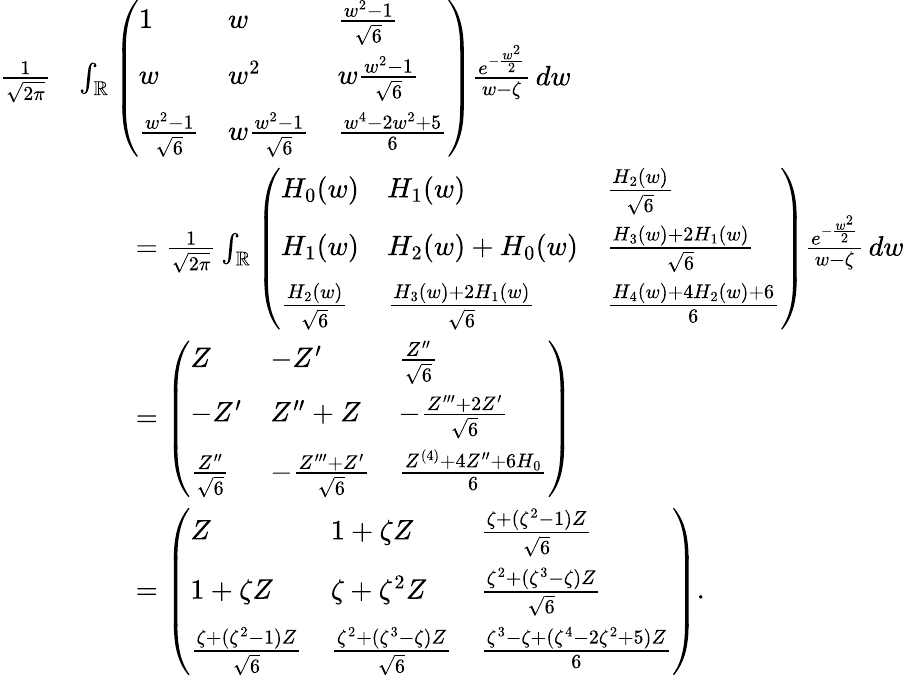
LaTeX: \begin{array}{rl}{\frac{1}{\sqrt{2\pi}}}&{\int_{\mathbb{R}}\left(\begin{array}{lll}{1}&{w}&{\frac{w^{2}-1}{\sqrt{6}}}\\ {w}&{w^{2}}&{w\frac{w^{2}-1}{\sqrt{6}}}\\ {\frac{w^{2}-1}{\sqrt{6}}}&{w\frac{w^{2}-1}{\sqrt{6}}}&{\frac{w^{4}-2w^{2}+5}{6}}\end{array}\right)\frac{e^{-\frac{w^{2}}{2}}}{w-\zeta}\, dw}\\ &{\qquad=\frac{1}{\sqrt{2\pi}}\int_{\mathbb{R}}\left(\begin{array}{lll}{H_{0}(w)}&{H_{1}(w)}&{\frac{H_{2}(w)}{\sqrt{6}}}\\ {H_{1}(w)}&{H_{2}(w)+H_{0}(w)}&{\frac{H_{3}(w)+2H_{1}(w)}{\sqrt{6}}}\\ {\frac{H_{2}(w)}{\sqrt{6}}}&{\frac{H_{3}(w)+2H_{1}(w)}{\sqrt{6}}}&{\frac{H_{4}(w)+4H_{2}(w)+6}{6}}\end{array}\right)\frac{e^{-\frac{w^{2}}{2}}}{w-\zeta}\, dw}\\ &{\qquad=\left(\begin{array}{lll}{Z}&{-Z^{\prime}}&{\frac{Z^{\prime\prime}}{\sqrt{6}}}\\ {-Z^{\prime}}&{Z^{\prime\prime}+Z}&{-\frac{Z^{\prime\prime\prime}+2Z^{\prime}}{\sqrt{6}}}\\ {\frac{Z^{\prime\prime}}{\sqrt{6}}}&{-\frac{Z^{\prime\prime\prime}+Z^{\prime}}{\sqrt{6}}}&{\frac{Z^{(4)}+4Z^{\prime\prime}+6H_{0}}{6}}\end{array}\right)}\\ &{\qquad=\left(\begin{array}{lll}{Z}&{1+\zeta Z}&{\frac{\zeta+(\zeta^{2}-1)Z}{\sqrt{6}}}\\ {1+\zeta Z}&{\zeta+\zeta^{2}Z}&{\frac{\zeta^{2}+(\zeta^{3}-\zeta)Z}{\sqrt{6}}}\\ {\frac{\zeta+(\zeta^{2}-1)Z}{\sqrt{6}}}&{\frac{\zeta^{2}+(\zeta^{3}-\zeta)Z}{\sqrt{6}}}&{\frac{\zeta^{3}-\zeta+(\zeta^{4}-2\zeta^{2}+5)Z}{6}}\end{array}\right).}\end{array}